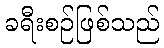
ခရီးစဉ်ဖြစ်သည်